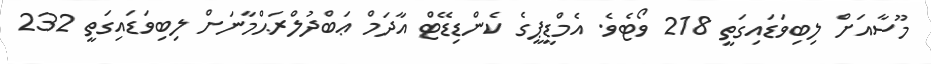
މޫސާއަށް ލިބިވަޑައިގަތީ 218 ވޯޓެވެ. އެމްޑީޕީގެ ކެންޑިޑޭޓް އާދަމް ޢަބްދުލްރަޙްމާނަށް ލިބިވަޑައިގަތީ 232